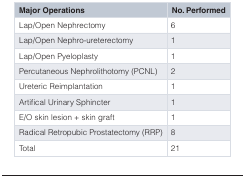
<table><thead><tr><td><b>Major Operations</b></td><td><b>No. Performed</b></td></tr></thead><tbody><tr><td>Lap/Open Nephrectomy</td><td>6</td></tr><tr><td>Lap/Open Nephro-ureterectomy</td><td>1</td></tr><tr><td>Lap/Open Pyeloplasty</td><td>1</td></tr><tr><td>Percutaneous Nephrolithotomy (PCNL)</td><td>2</td></tr><tr><td>Ureteric Reimplantation</td><td>1</td></tr><tr><td>Artifical Urinary Sphincter</td><td>1</td></tr><tr><td>E/O skin lesion + skin graft</td><td>1</td></tr><tr><td>Radical Retropubic Prostatectomy (RRP)</td><td>8</td></tr><tr><td>Total</td><td>21</td></tr></tbody></table>